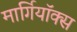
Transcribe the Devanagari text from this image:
मार्गियॉक्स